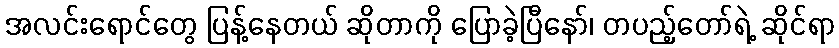
အလင်းရောင်တွေ ပြန့်နေတယ် ဆိုတာကို ပြောခဲ့ပြီနော်၊ တပည့်တော်ရဲ့ ဆိုင်ရာ